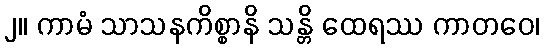
၂။ ကာမံ သာသနကိစ္စာနိ သန္တိ ထေရဿ ကာတဝေ၊